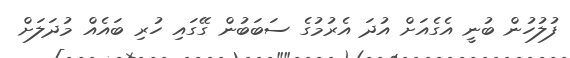
ފުލުހުން ބުނީ އެގެއަށް އުދަ އެރުމުގެ ސަބަބުން ގޭގައި ހުރި ބައެއް މުދަލަށް